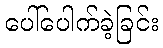
ပေါ်ပေါက်ခဲ့ခြင်း